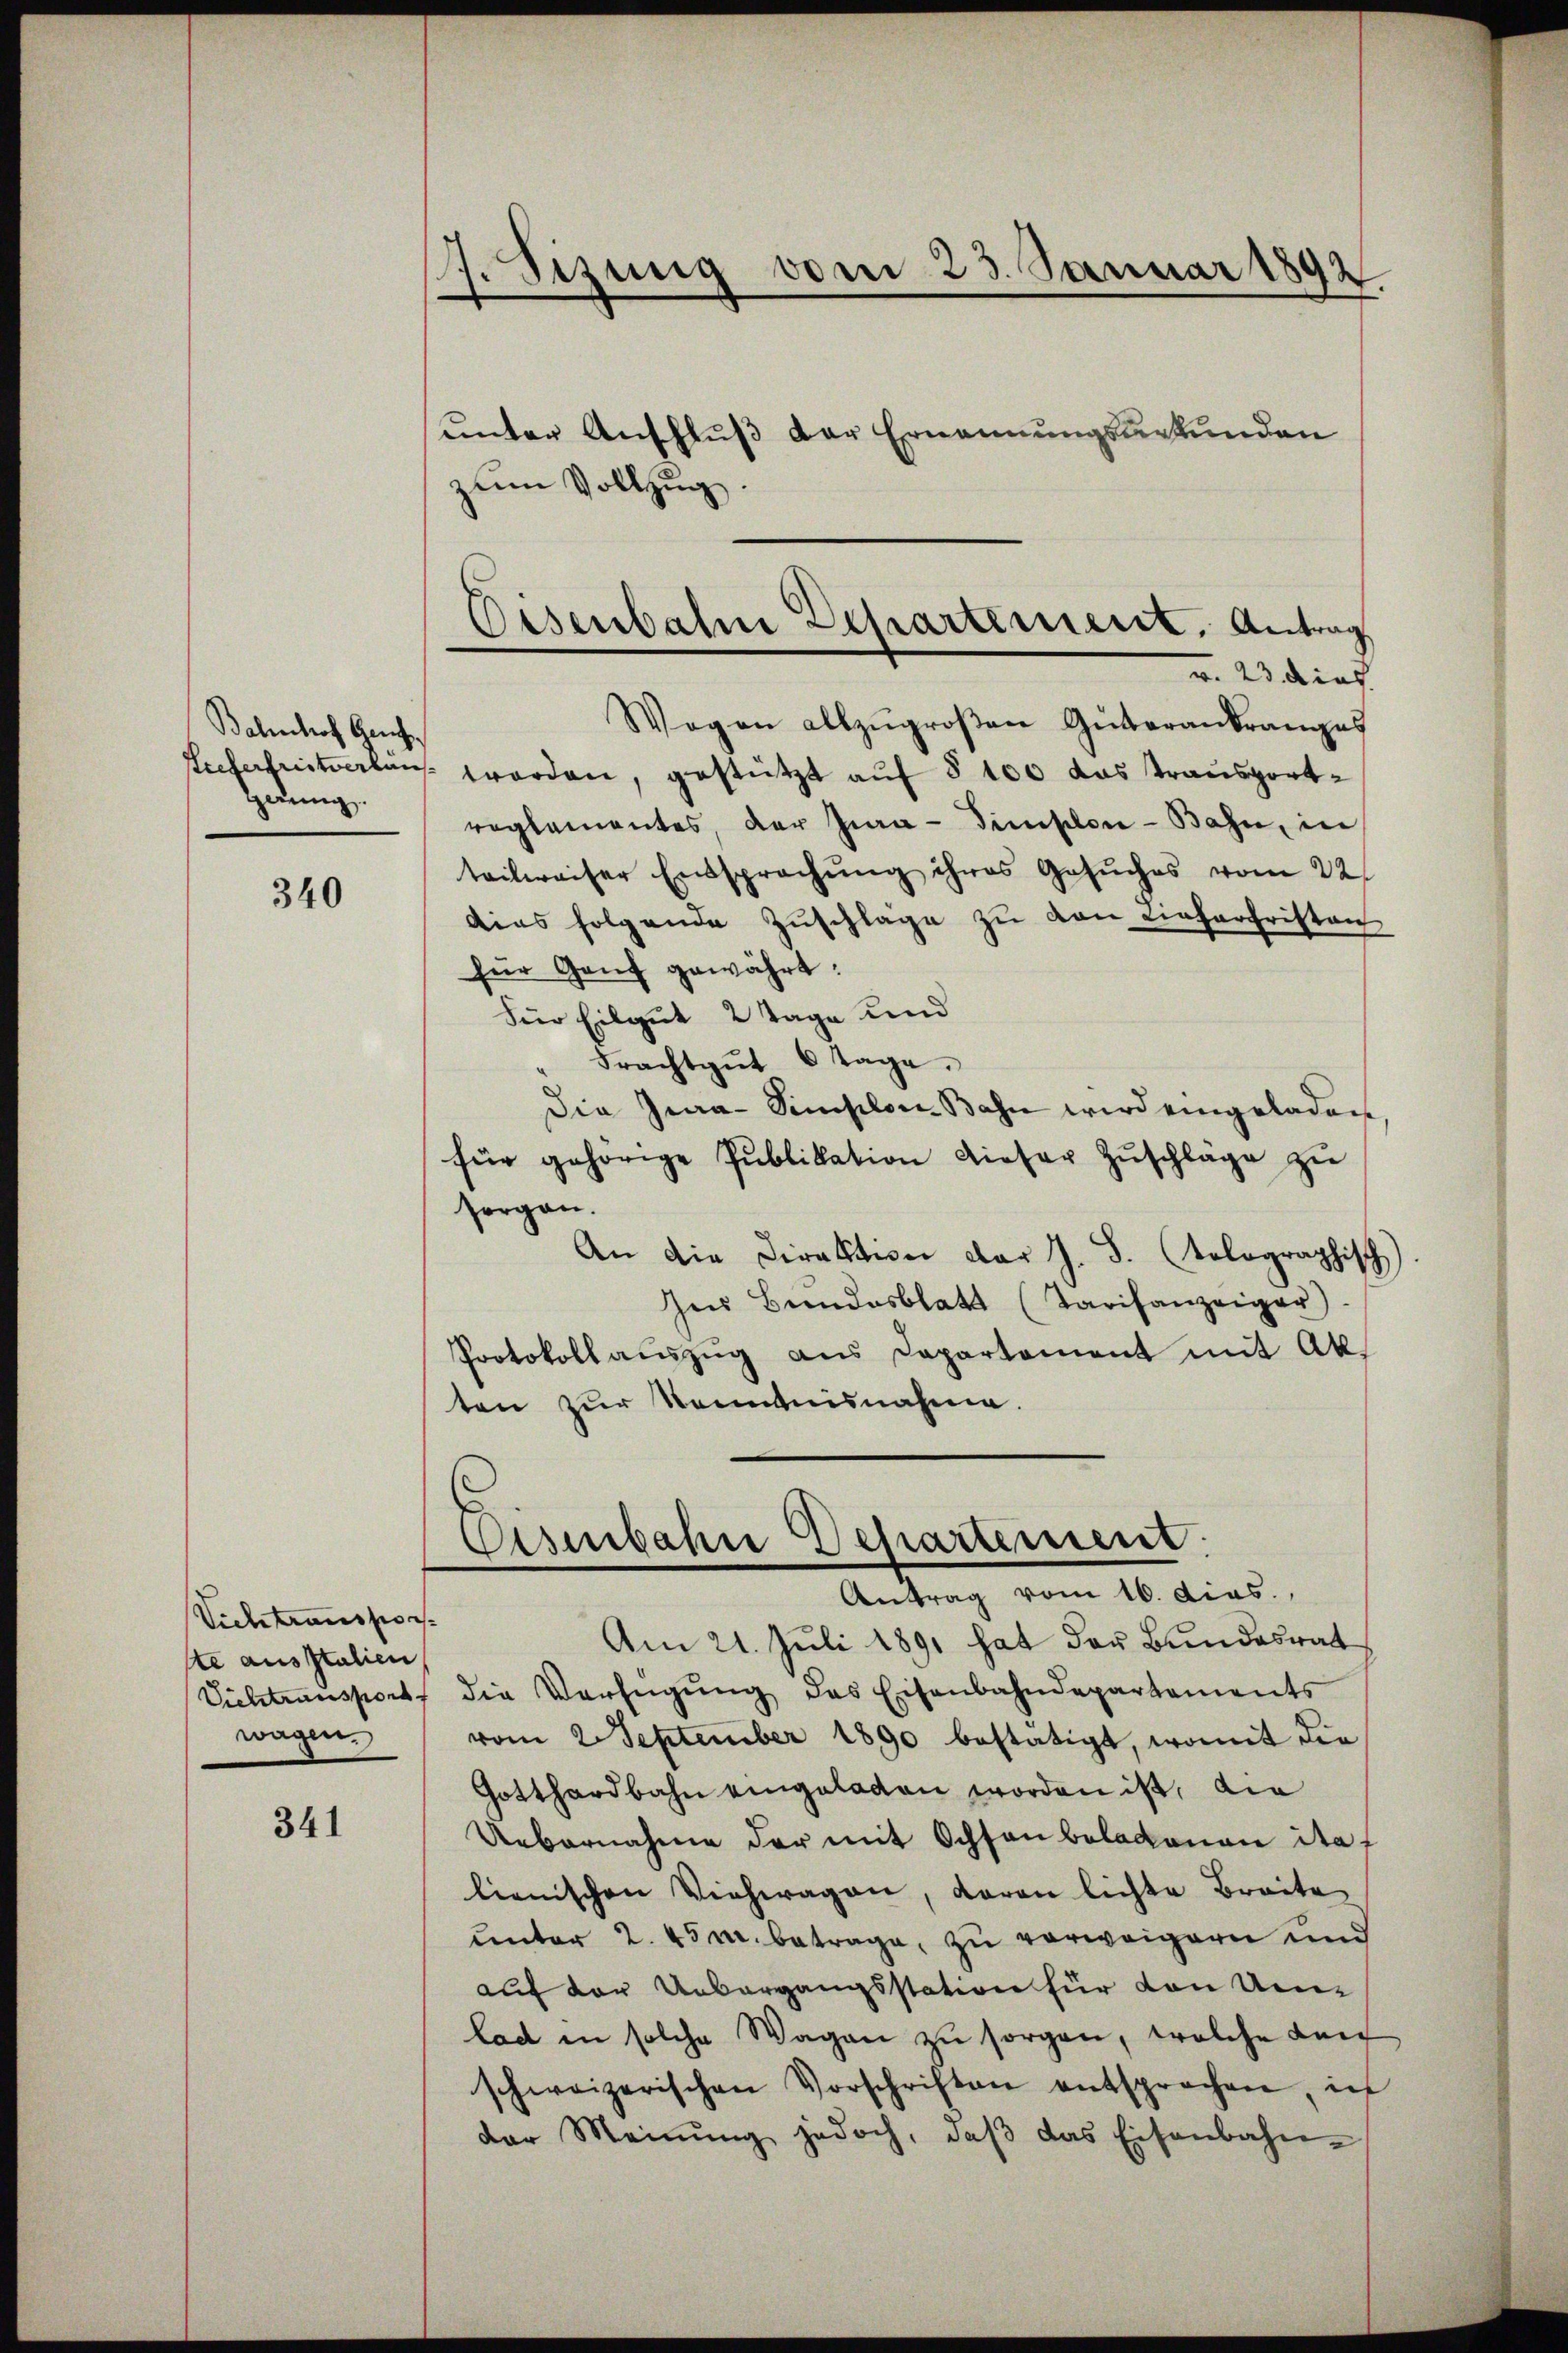
Bahnhof Gerich
Heung.

340

Vichtranspor
ste ausstatien
wagen

341

J.Sizung vom 23. Januar 1892.

unter Anschluß der Ernennungsurkunden
zum Vollzug.
Eicherheitverlan worden, gestützt auf § 100 das Transportreglementes, der Jura - Finslen-Bahn, in
teilweiser Entsprechung ihres Gesŭches vom 22
dies folgende Zŭschläge zŭ von Lieferfristen
für Genf gewährt:
Für Eilgut 2 Tage und
Frachtgŭt 6 Tage.
Die Jena-Simplon Bahn wird eingeladen
für gehörige Publikation dieser Zŭschläge zŭ
sorgen.
An die Direktion der J. F. (tolographisch
Ins Bundesblatt (Tarifanzeiger
Protokollauszug aus Departement mit Abten zur Kenntnisnahme.

Osenbahne Departement, Antrag
v. 23. dies
Wogen allzŭgroβen Güterankranges

Eisenbahne Departement.
Antrag vom 16. dies.

Am 21. Juli 1891 hat des Bundesrat
Vichtransport die Verfügŭng des Eisenbahndepartements
vom 2. September 1890 bestätigt, womit die
Gotthardbahn eingeladen worden ist, die
Uebernahme der mit Ochsen beladenen ita f
lienischen Viehwagen, daran lichte Breite
unter 2. 45 M. betrage, zu verweigern und
auf der Uebergangsstation für von Umlad in solche Wagen zu sorgen, welche den
schweizerischen Vorschriften entsprochen, in
der Meinŭng jedoch, daβ das Eisenbahn-